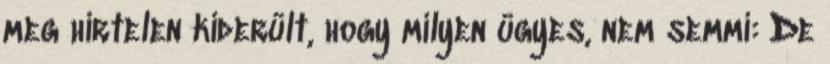
meg hirtelen kiderült, hogy milyen ügyes, nem semmi: De